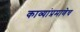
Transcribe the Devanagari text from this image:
काव्यांप्रमाणेच